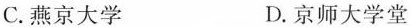
C.燕京大学 D.京师大学堂